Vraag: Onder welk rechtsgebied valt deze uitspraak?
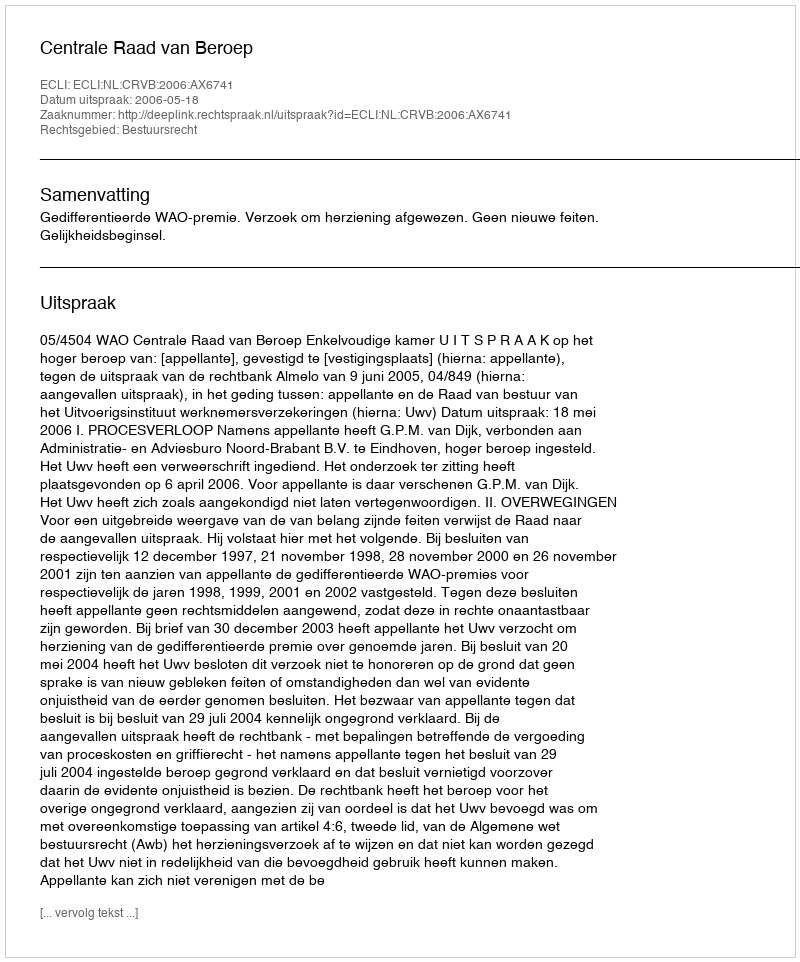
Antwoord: Bestuursrecht